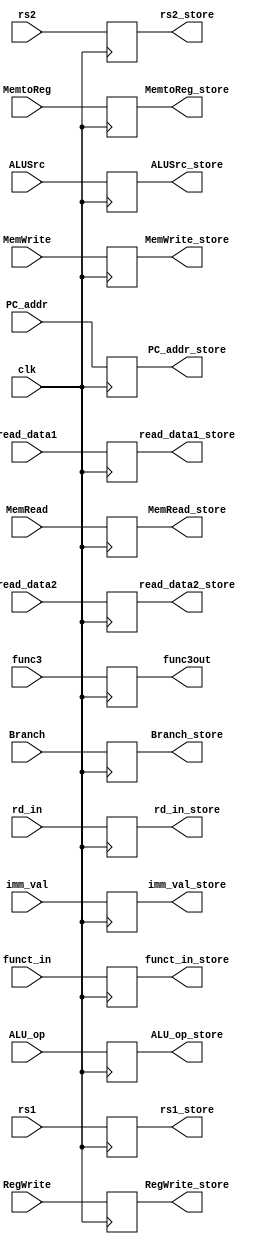
`timescale 1ns / 1ps
//////////////////////////////////////////////////////////////////////////////////
// Company: 
// Engineer: 
// 
// Design Name: 
// Module Name: ID_EX_task2
// Project Name: 
// Target Devices: 
// Tool Versions: 
// Description: 
// 
// Dependencies: 
// 
// Revision:
// Revision 0.01 - File Created
// Additional Comments:
// 
//////////////////////////////////////////////////////////////////////////////////


module ID_EX 

( 

    input clk, 

    input [63:0] PC_addr, 

    input [63:0] read_data1, read_data2, 

    input [63:0] imm_val, 

    input [3:0] funct_in, 
    input [2:0]func3,

    input [4:0] rd_in, 
    
    input [4:0] rs1, rs2,

    input MemtoReg, RegWrite, 

    input Branch, MemWrite, MemRead, 

    input ALUSrc, 

    input [1:0] ALU_op, 

 

  

    output reg [63:0] PC_addr_store, 

    output reg [63:0] read_data1_store, read_data2_store, 

    output reg [63:0] imm_val_store, 

    output reg [3:0] funct_in_store, 
    
    output reg [2:0]func3out,

    output reg [4:0] rd_in_store, 

    output reg MemtoReg_store, RegWrite_store, 

    output reg Branch_store, MemWrite_store, MemRead_store, 

    output reg ALUSrc_store, 

    output reg [1:0] ALU_op_store, 
     
    output reg [4:0] rs1_store,
    
    output reg [4:0] rs2_store

); 

  

always @(negedge clk) begin 

    PC_addr_store = PC_addr; 

    read_data1_store = read_data1; 

    read_data2_store = read_data2; 

    imm_val_store = imm_val; 

    funct_in_store = funct_in; 

    func3out = func3;
    
    rd_in_store = rd_in; 

    RegWrite_store = RegWrite; 

    MemtoReg_store = MemtoReg; 

    Branch_store = Branch; 

    MemWrite_store = MemWrite; 

    MemRead_store = MemRead; 

    ALUSrc_store = ALUSrc; 

    ALU_op_store = ALU_op; 
    
    rs1_store= rs1;
    
    rs2_store= rs2;

  

end 

  

endmodule